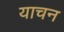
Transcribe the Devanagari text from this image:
याचन